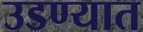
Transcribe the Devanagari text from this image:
उडण्यात